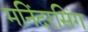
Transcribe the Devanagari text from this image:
मनिंदरसिंग